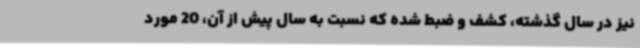
نیز در سال گذشته، کشف و ضبط شده که نسبت به سال پیش از آن، 20 مورد